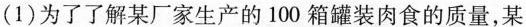
(1)为了了解某厂家生产的100箱罐装肉食的质量，某